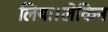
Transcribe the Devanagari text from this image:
लिया।लेकिन